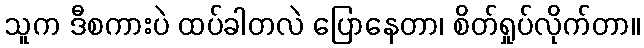
သူက ဒီစကားပဲ ထပ်ခါတလဲ ပြောနေတာ၊ စိတ်ရှုပ်လိုက်တာ။